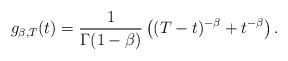
LaTeX: \begin{align*}g_{\beta,T}(t) = \frac1{\Gamma(1-\beta)}\left((T-t)^{-\beta}+t^{-\beta}\right).\end{align*}